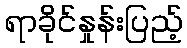
ရာခိုင်နှုန်းပြည့်